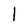
Character: l